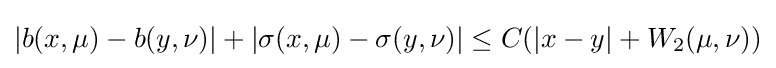
|b(x,\mu )-b(y,\nu )|+|\sigma (x,\mu )-\sigma (y,\nu )|\leq C(|x-y|+W_{2}(\mu ,\nu ))